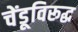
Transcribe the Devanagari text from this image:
चेंडूविरूद्ध